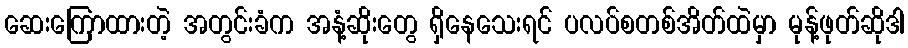
ဆေးကြောထားတဲ့ အတွင်းခံက အနံ့ဆိုးတွေ ရှိနေသေးရင် ပလပ်စတစ်အိတ်ထဲမှာ မုန့်ဖုတ်ဆိုဒါ